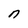
Character: n